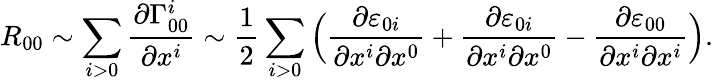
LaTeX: R_{00}\sim\sum_{i>0}\frac{\partial\Gamma_{00}^{i}}{\partial x^{i}}\sim\frac{1}{2}\sum_{i>0}\Big(\frac{\partial\varepsilon_{0i}}{\partial x^{i}\partial x^{0}}+\frac{\partial\varepsilon_{0i}}{\partial x^{i}\partial x^{0}}-\frac{\partial\varepsilon_{00}}{\partial x^{i}\partial x^{i}}\Big).